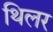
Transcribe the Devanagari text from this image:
थिलर